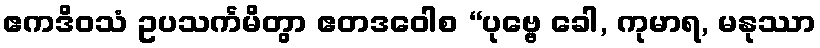
ဧကဒိဝသံ ဥပသင်္ကမိတွာ ဧတဒဝေါစ “ပုဗ္ဗေ ခေါ, ကုမာရ, မနုဿာ